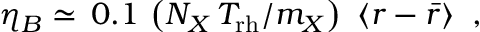
\eta _ { B } \simeq \, 0 . 1 \, \left( N _ { X } \, T _ { \mathrm { r h } } / m _ { X } \right) \, \, \langle r - { \bar { r } } \rangle \; \; ,